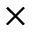
\times